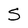
Character: S